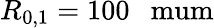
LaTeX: R_{0,1}=100~\mathrm{~\ mum}